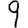
Digit: 9